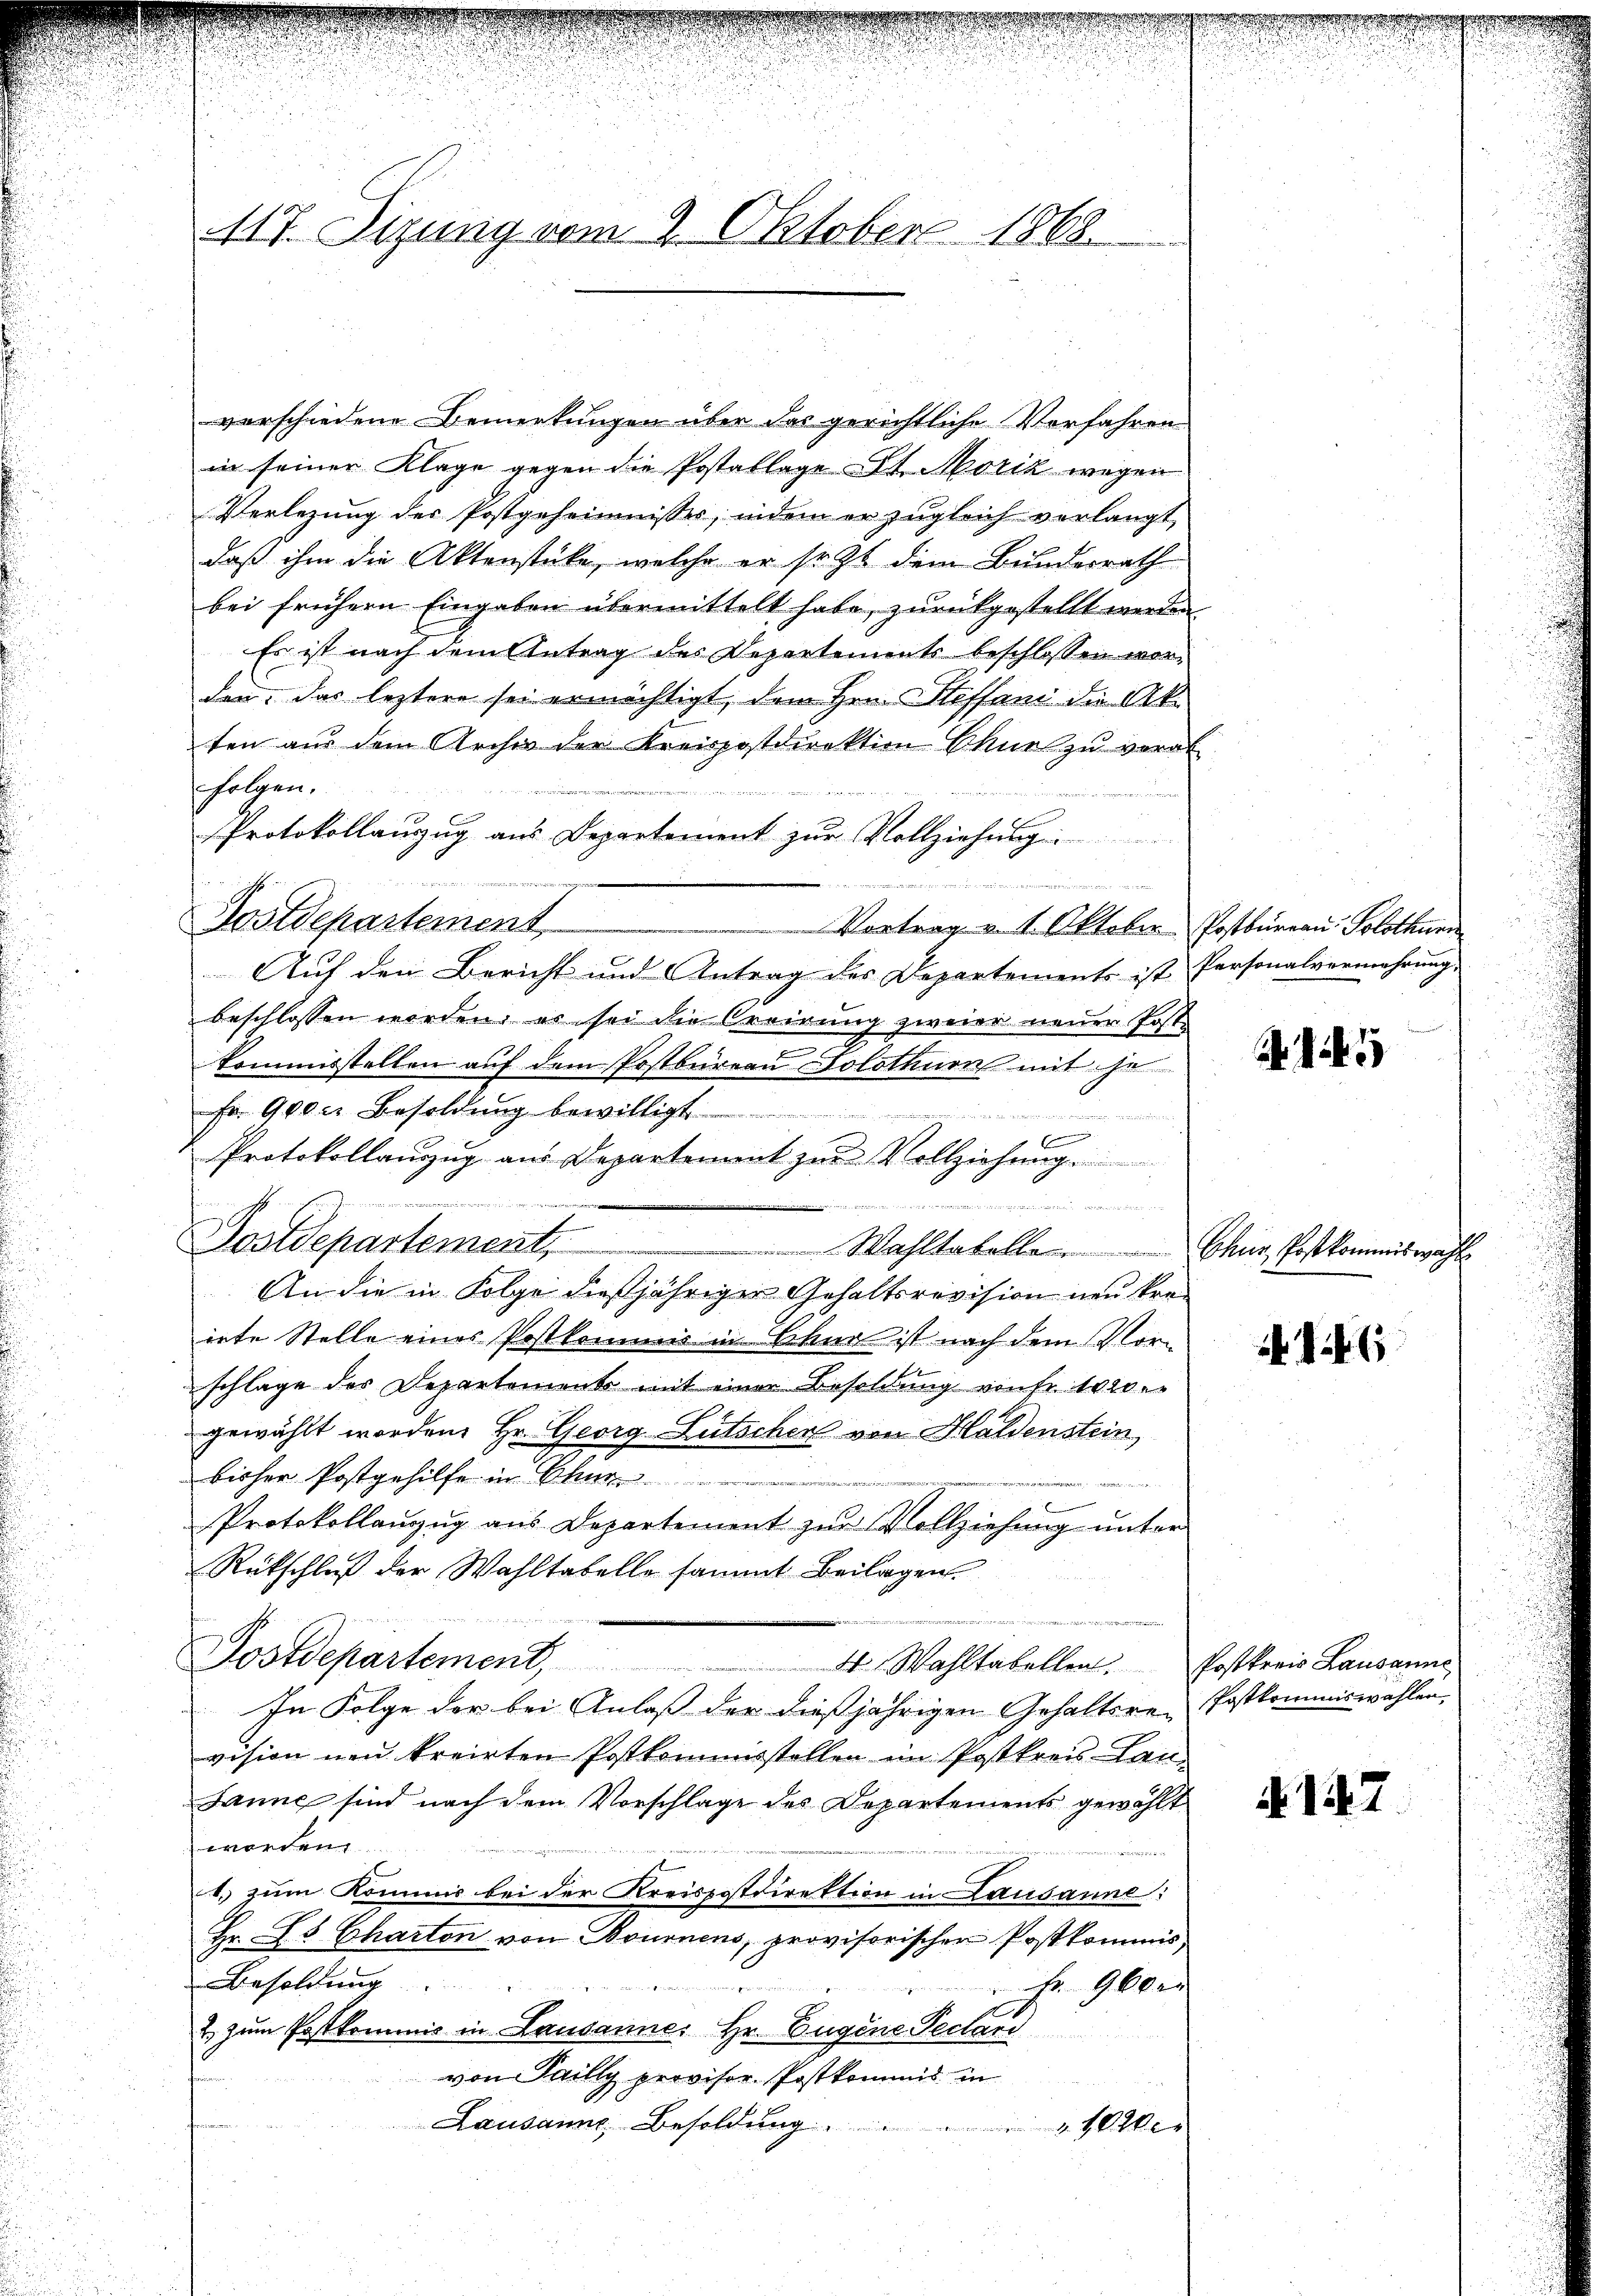
117. Sizung vom 2. Oktober 1868.

verschiedene Bemerkungen über das gerichtliche Vorfahren
in seiner Klage gegen die Postatlage St. Morik wegen
Verlegung der Postgeheimisser, indem er zŭgleich verlangt,
daß ihm die Aktenstücke, welche er sezt dem Bundesrath
bei frühern Eingaben übermittelt habe, zurückgestellt werden
Es ist nach dem Antrag des Departement beschlossen worden, das leztere sei ermächtigt, dem Hrn. Steffani die Akten aus dem Archiv der Kreispostdirektion Chur zu verab
folgen.
2
Protokollanzug aus Departement zur Vollziehung
e
en
 Mater
i
Postdepartement
Vortrag v. 1. Oktober Postbureau. Solothurn
Auf den Bericht und Antrag des Departements ist Personalvermehrung
beschlossen worden; es sei die Creirung zweier neuer Post.
kommisstellen auf dem Postbureau Solothurn mit je
Fr. 90 die Besoldung bewilligt.
nden
f
Protokollanzug aus Departement zŭr Vollziehung.
22
A in einen
Postdepartement,
Wahltabelle Chur, Postkommiswahl
An die in Folge dießjähriger Gehaltsrevision neu kreirte Stelle eines Postkommis in Chur ist nach dem Vorschlage des Departements mit einer Besoldung von fr. 1020.
gewählt worden. Hr. Georg Lütschen von Haldenstein
bisher Postgehilfe in
s
Protokollaŭzŭg aŭs Departement zŭr Vollziehŭng ŭnter
Rütschluß der Wahltabelle sammt Beilagen
Postdepartement,
4 Wahltabellen. Postkreis Lausanne
In Folge der bei Anlaß der dießjährigen Gehaltsre-Postkommiswahlen,
vision neu kreirten Postkommisstellen im Postkreis- Lan¬
Janne sind nach dem Vorschlage des Departements gewählt
worden
ur
1. zum Kommis bei der Kreispostdirektion in Lausanne:
Hr. Ls Charten von Brunnens, provisorischen Postkommis¬
Besoldung
Fr. 900 er
2) zum Postkommnis in Lausanne. Hr. Eugene Pechand
von Pailly provisor Postkommis in
Lausanne Besoldung.
ke

E

5

A. 127